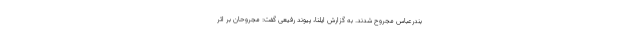
بندرعباس مجروح شدند. به گزارش ایلنا، پیوند رفیعی گفت: مجروحان بر اثر